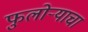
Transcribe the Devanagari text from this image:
फुलोऱ्याचा